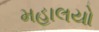
મહાલયો